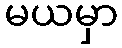
မယမှာ